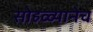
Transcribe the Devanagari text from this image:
सोहळ्यानेच